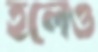
হলেও